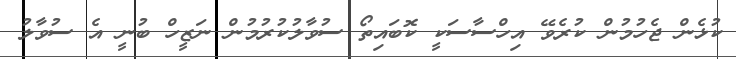
ކުޅެން ޖެހުމުން ކުރެވޭ އިހްސާސަކީ ކޮބައިތޯ ސުވާލުކުރުމުން ނަޒީހް ބުނީ އެ ސުވާލު